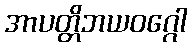
အာပတ္တိဘယဝဂ္ဂေါ